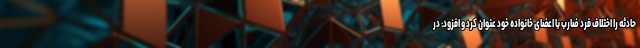
حادثه را اختلاف فرد ضارب با اعضای خانواده خود عنوان کرد و افزود: در